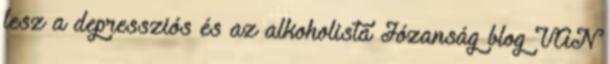
lesz a depressziós és az alkoholista Józanság blog VAN